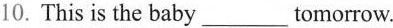
10. This is the baby___tomorrow.